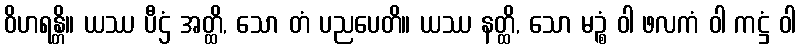
ဝိဟရန္တိ။ ယဿ ပီဌံ အတ္ထိ, သော တံ ပညပေတိ။ ယဿ နတ္ထိ, သော မဉ္စံ ဝါ ဖလကံ ဝါ ကဋ္ဌံ ဝါ